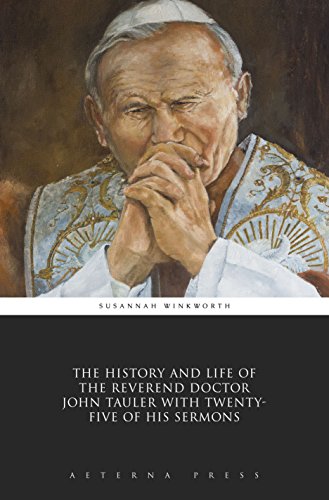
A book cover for The History and Life of the Reverend Doctor John Tauler with Twenty-Five of his Sermons (Illustrated); Susannah Winkworth; Christian Books & Bibles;